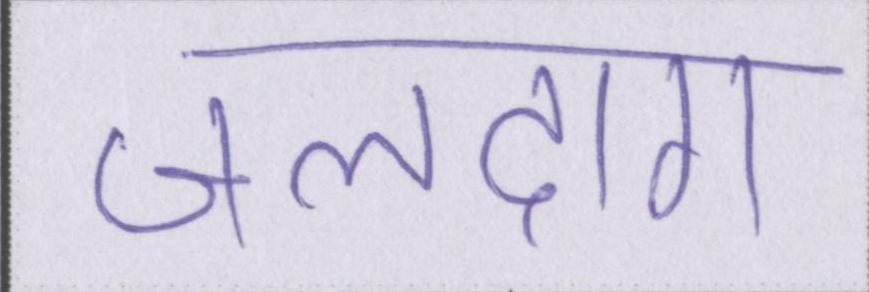
जलदाग